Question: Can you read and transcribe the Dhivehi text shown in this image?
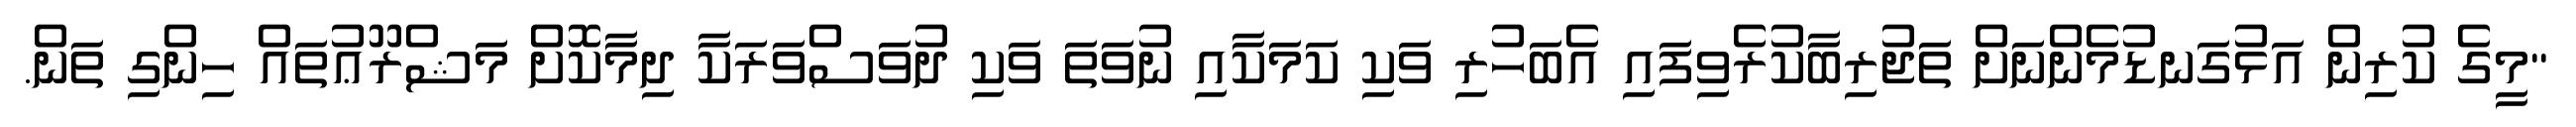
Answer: "މީގެ ކުރިން އަޅުގަނޑުމެންނަށް ތަޖުރިބާކުރެވިފައި އެބަހުރި ވަކި ކަމަކާއި ނުވަތަ ވަކި ދުވަސްވަރަކާ ދިމާކޮށް މަޝްރޫޢުތައް ހިންގި ތަން.